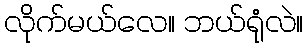
လိုက်မယ်လေ။ ဘယ်ရုံလဲ။